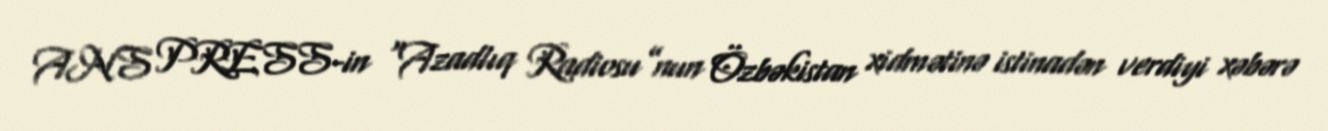
ANS PRESS-in “Azadlıq Radiosu”nun Özbəkistan xidmətinə istinadən verdiyi xəbərə